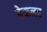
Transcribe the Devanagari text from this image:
हेफ़नर